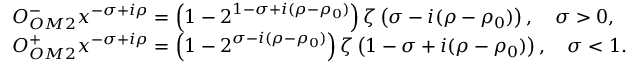
\begin{array} { r l } & { O _ { O M 2 } ^ { - } x ^ { - \sigma + i \rho } = \left( 1 - 2 ^ { 1 - \sigma + i ( \rho - \rho _ { 0 } ) } \right) \zeta \left( \sigma - i ( \rho - \rho _ { 0 } ) \right) , \quad \sigma > 0 , } \\ & { O _ { O M 2 } ^ { + } x ^ { - \sigma + i \rho } = \left( 1 - 2 ^ { \sigma - i ( \rho - \rho _ { 0 } ) } \right) \zeta \left( 1 - \sigma + i ( \rho - \rho _ { 0 } ) \right) , \quad \sigma < 1 . } \end{array}